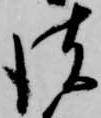
彼